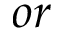
o r